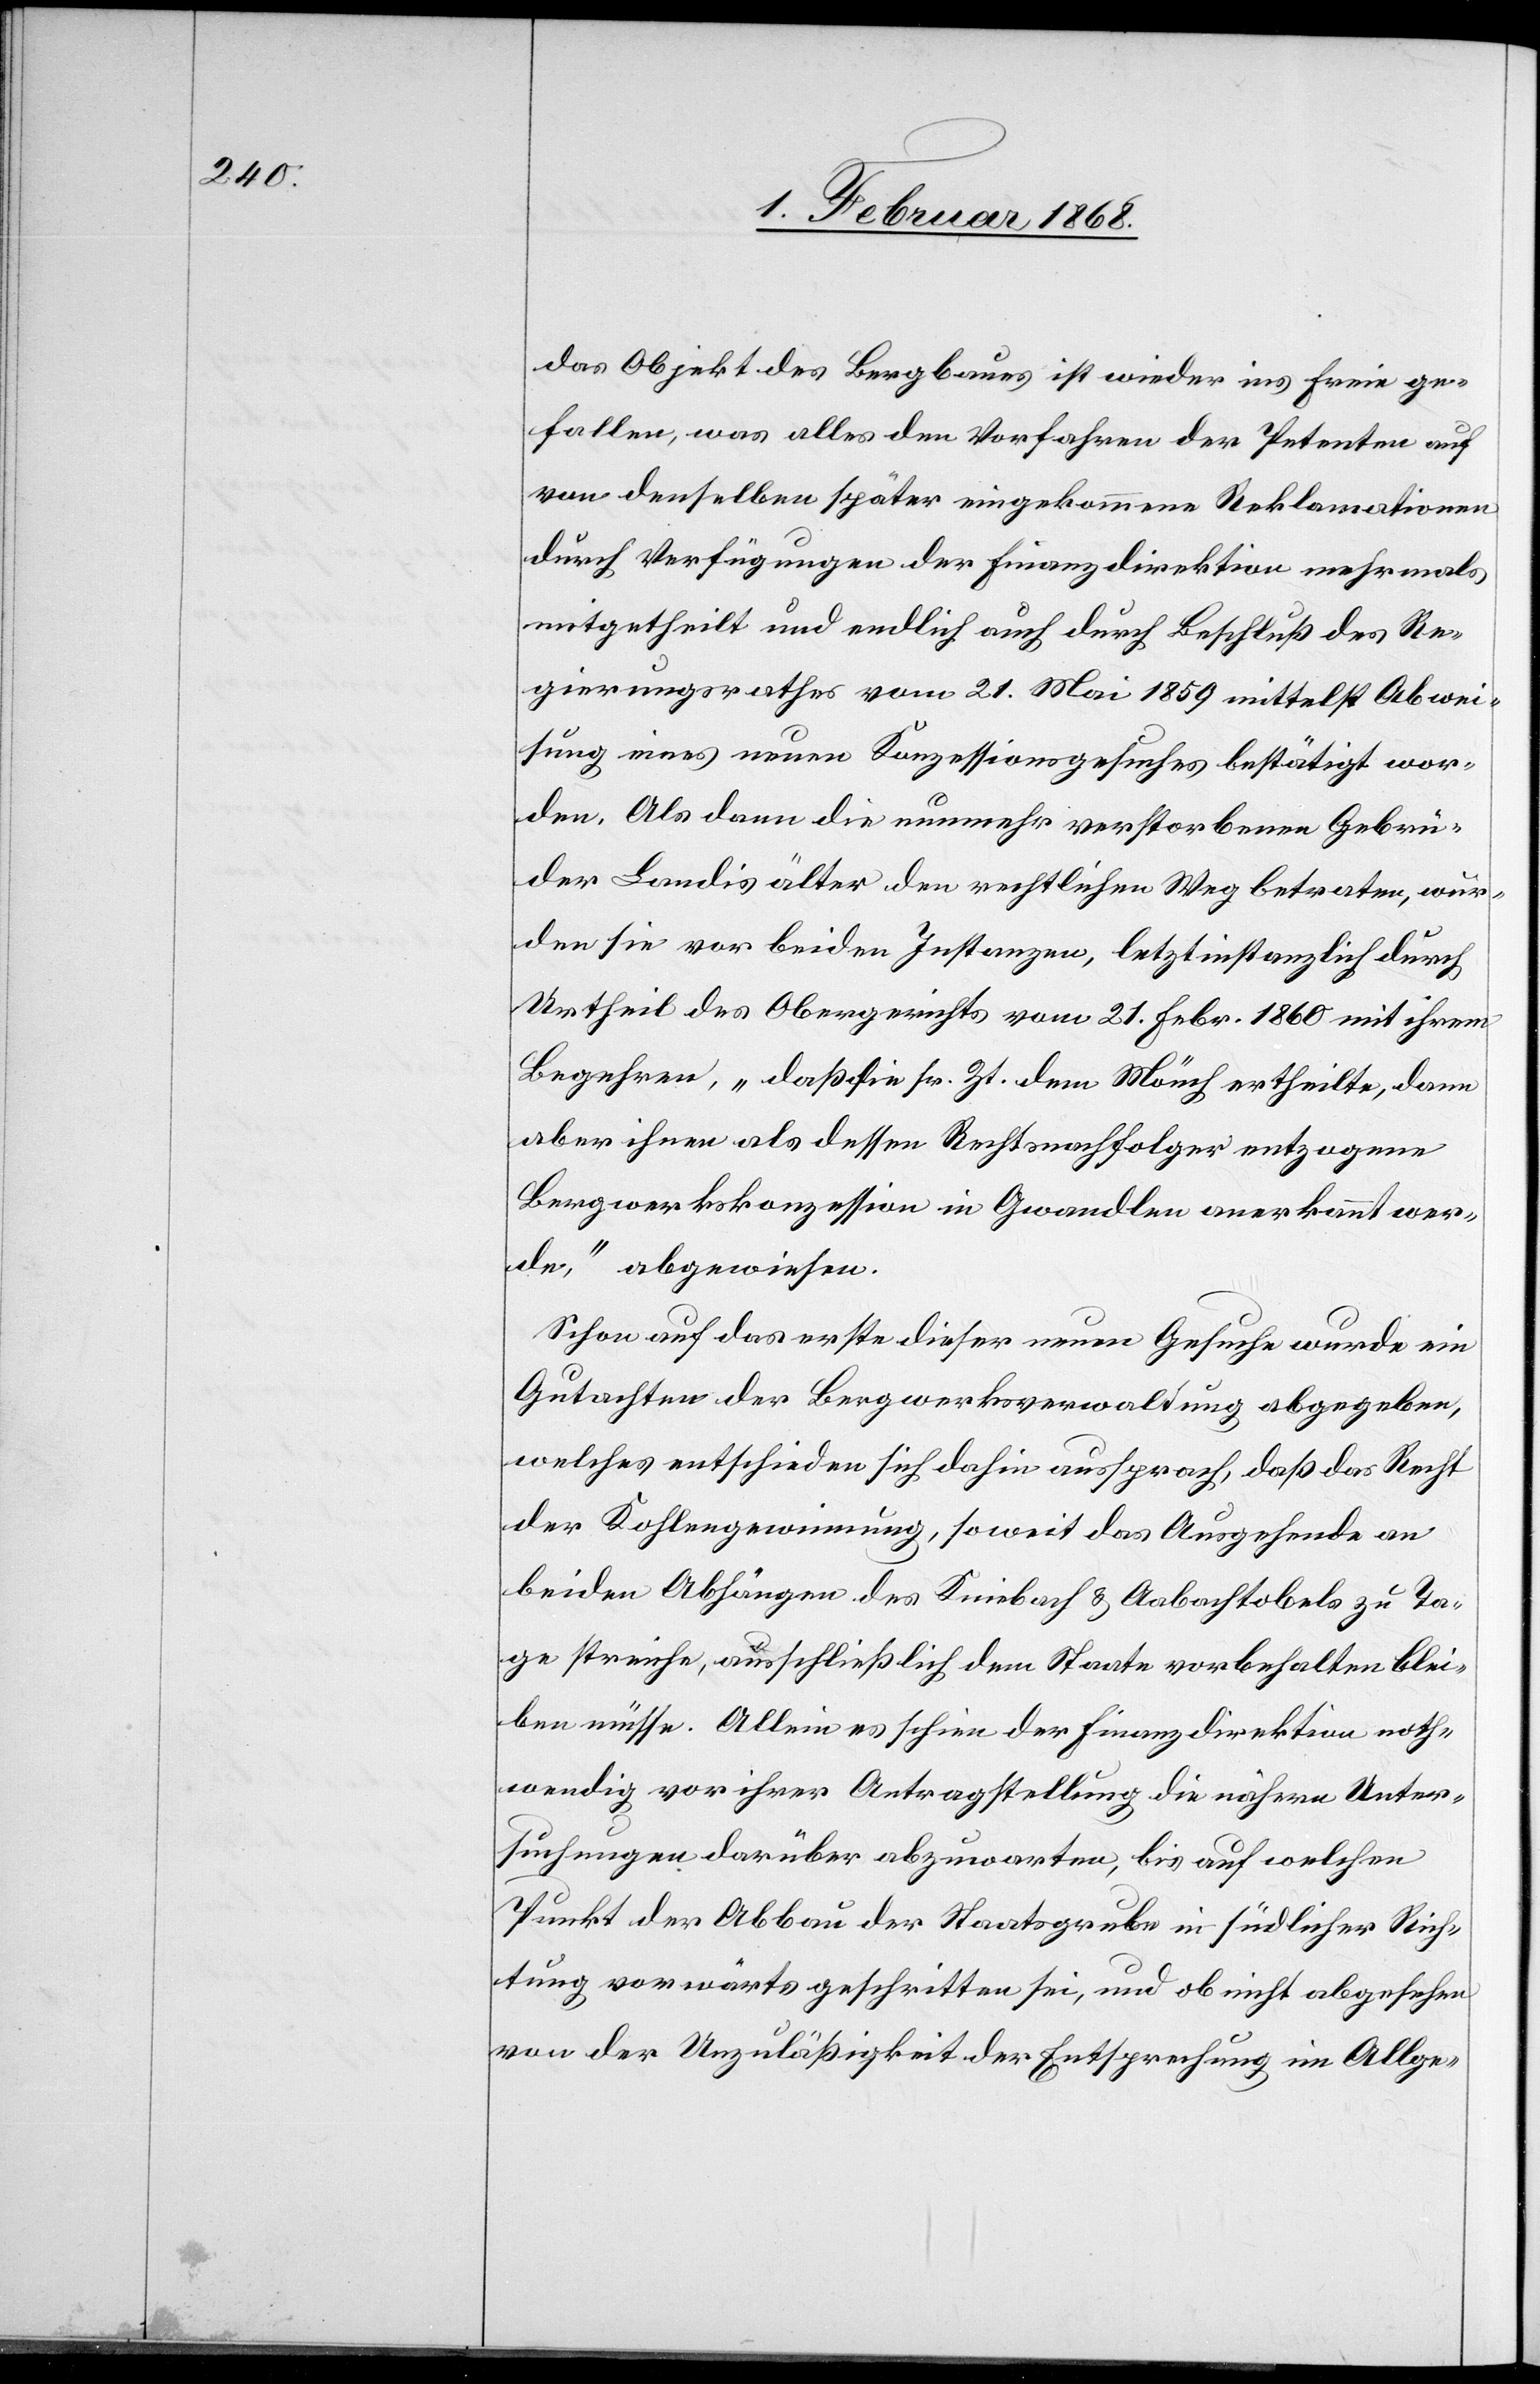
das Objekt des Bergbaues ist wieder ins Freie ge¬
fallen, was alles den Vorfahren der Petenten auf
von denselben später eingekommene Reklamationen
durch Verfügungen der Finanzdirektion mehrmals
mitgetheilt und endlich auch durch Beschluß des Re¬
gierungsrathes vom 21. Mai 1859 mittelst Abwei¬
sung eines neuen Konzessionsgesuches bestätigt wor¬
den. Als dann die nunmehr verstorbenen Gebrü¬
der Landis älter den rechtlichen Weg betraten, wur¬
den sie vor beiden Instanzen, letztinstanzlich durch
Urtheil des Obergerichts vom 21. Febr. 1860 mit ihrem
Begehren, „daß die sr. Zt. dem Mönch ertheilte, dann
aber ihnen als dessen Rechtsnachfolger entzogene
Bergwerkskonzession in Gwandlen anerkannt wer¬
de,“ abgewiesen.
Schon auf das erste dieser neuen Gesuche wurde ein
Gutachten der Bergwerksverwaltung abgegeben,
welches entschieden sich dahin aussprach, daß das Recht
der Kohlengewinnung, soweit das Ausgehende an
beiden Abhängen des Kniebach & Aabachtobels zu Ta¬
ge streiche, ausschließlich dem Staate vorbehalten blei¬
ben müsse. Allein es schien der Finanzdirektion noth¬
wendig vor ihrer Antragstellung die nähern Unter¬
suchungen darüber abzuwarten, bis auf welchen
Punkt der Abbau der Staatsgrube in südlicher Rich¬
tung vorwärts geschritten sei, und ob nicht abgesehen
von der Unzuläßigkeit der Entsprechung im Allge-